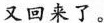
又回来了。